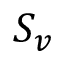
S _ { v }